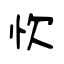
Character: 忺